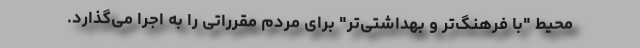
محیط "با فرهنگ‌تر و بهداشتی‌تر" برای مردم مقرراتی را به اجرا می‌گذارد.